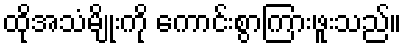
ထိုအသံမျိုးကို ကောင်းစွာကြားဖူးသည်။